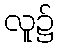
လူ၌